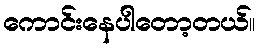
ကောင်းနေပါတော့တယ်။